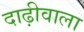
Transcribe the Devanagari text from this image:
दाढ़ीवाला